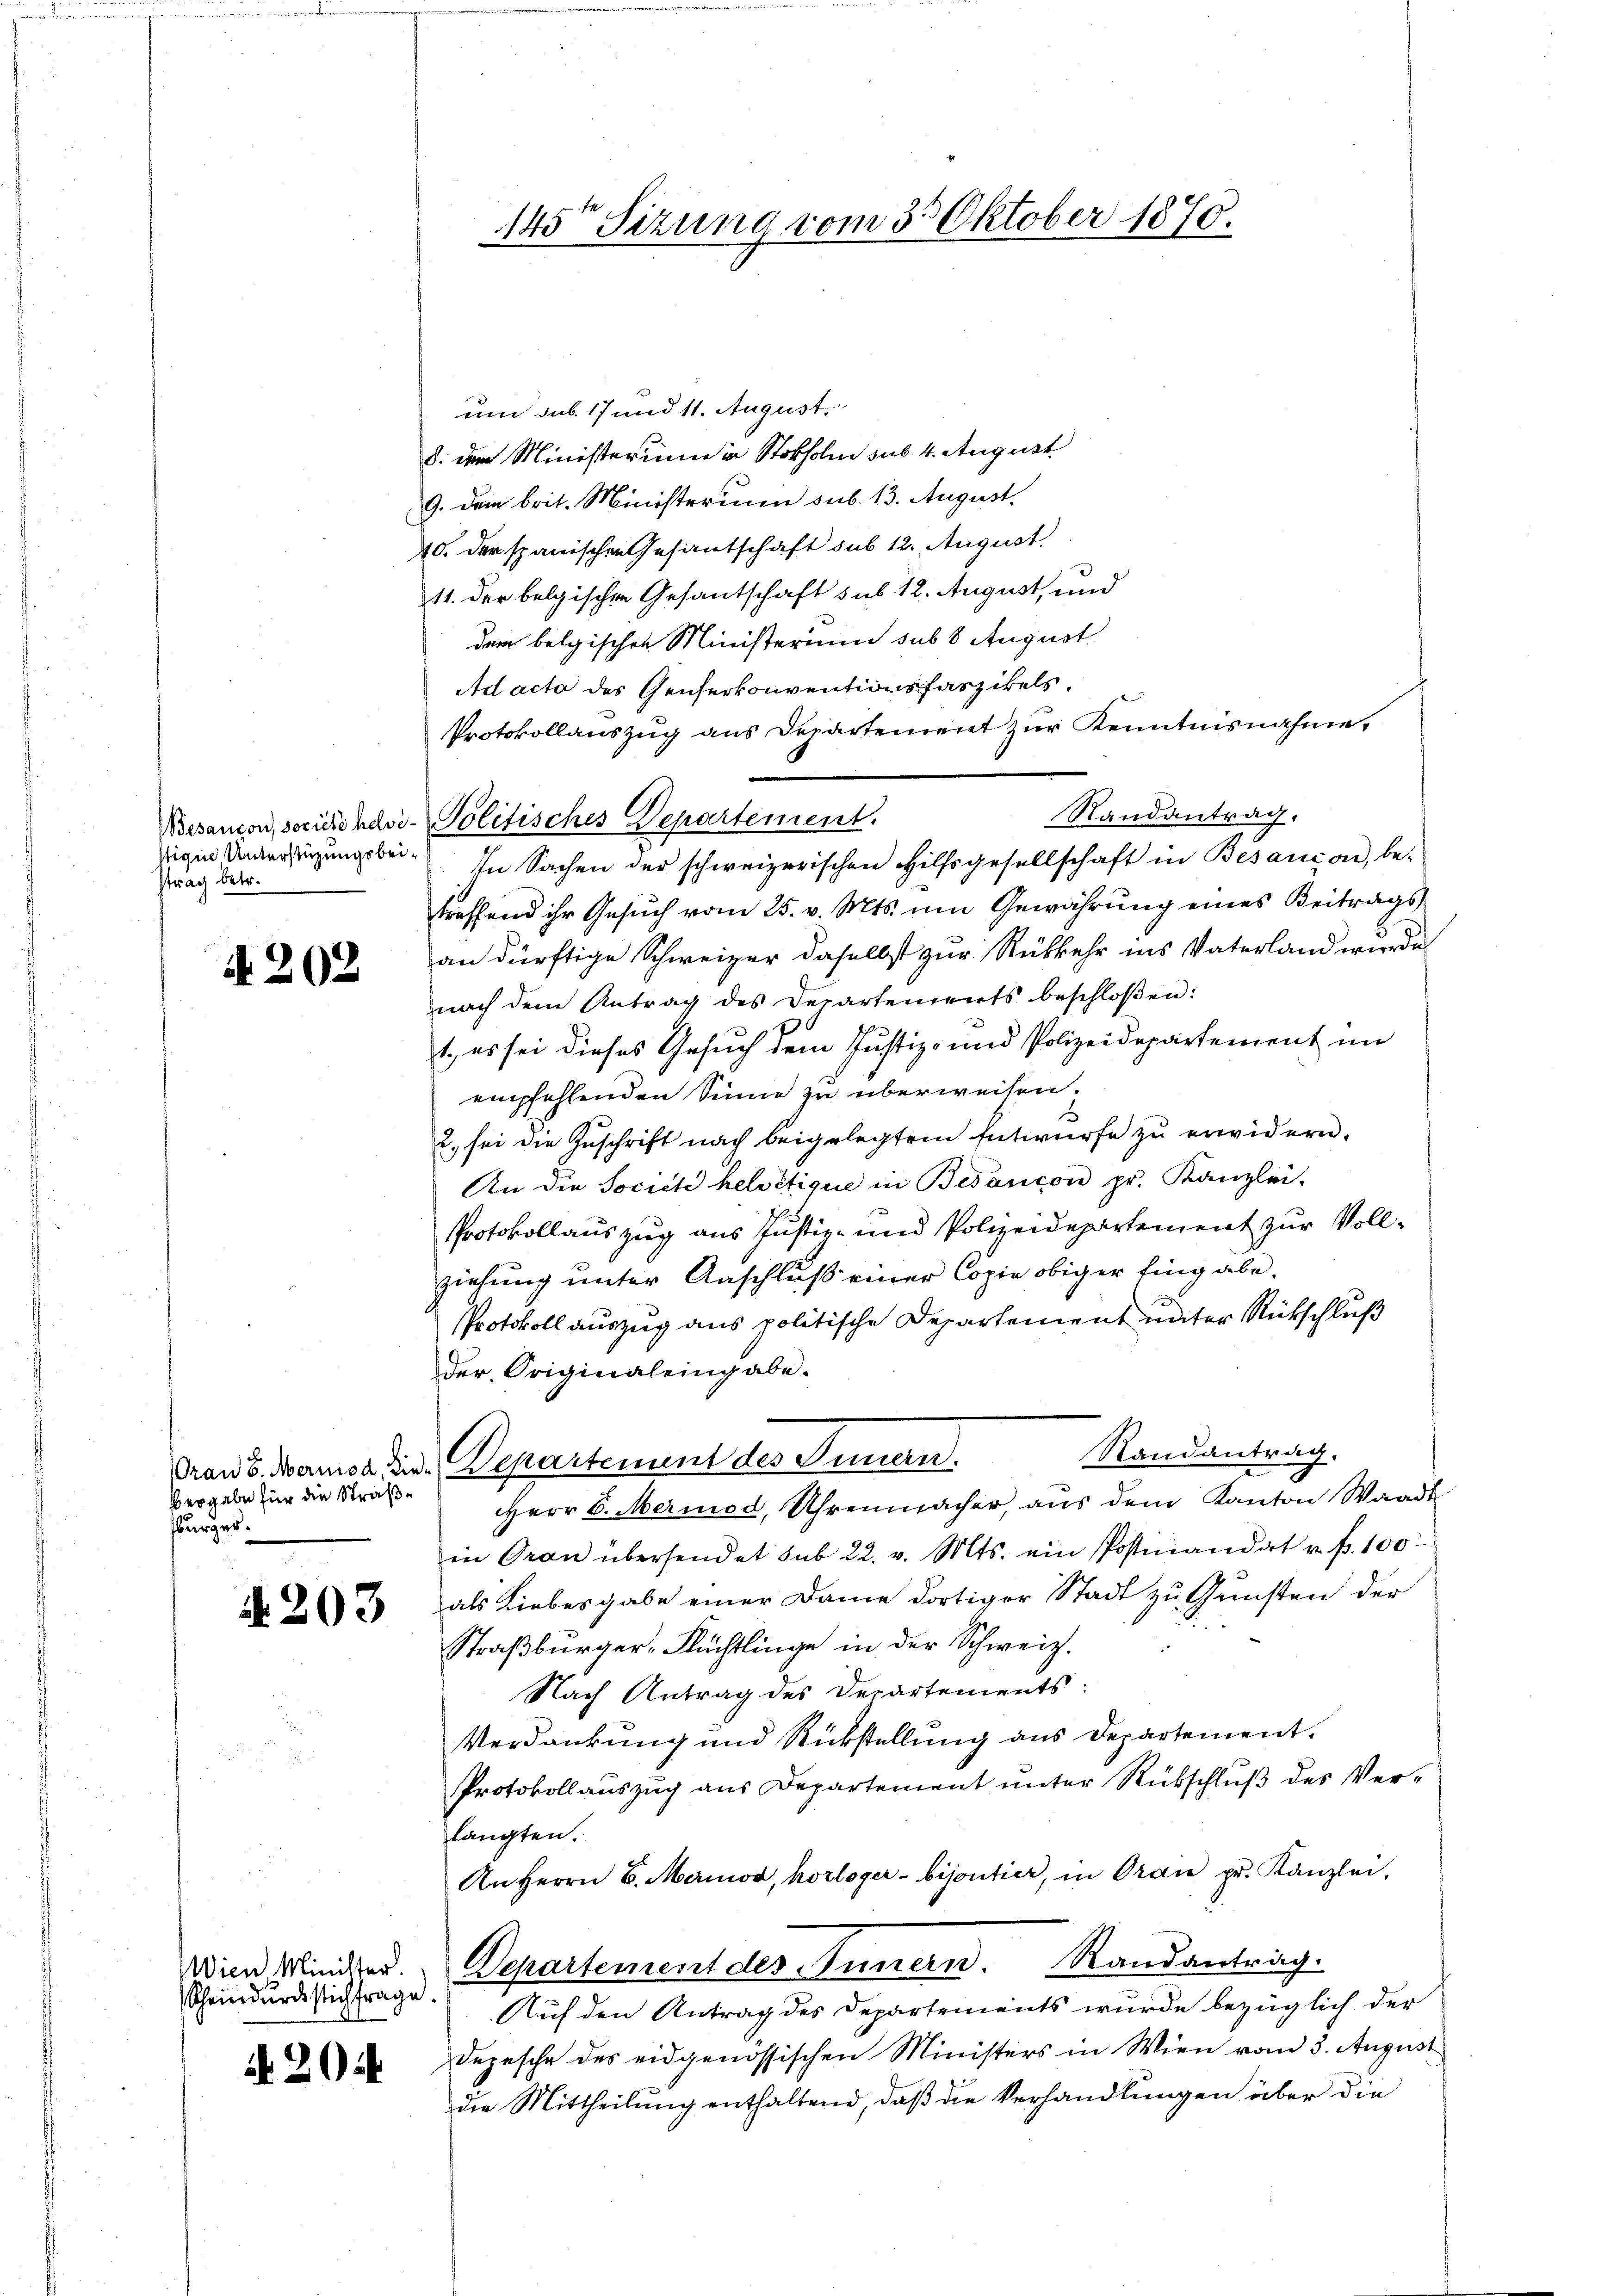
Ztrag betr.

A 202

besgabe für die Straßbürger.

A. 203

Scheindurchstich frage.

20

um sub. 17 und 11. August.
d. dem Ministerium in Stokholm sub. 4. August
9. Dem brit. Ministerium sub. 13. August.
10. der spanischen Gesantschaft sub 12. August
11. der belgischen Gesantschaft sus 12. August, und
dem belgischen Ministerium sub 8 August
Ad acto des Genferkonventionsfaszikels,
Protokollauszug aus Departement zur Kenntnisnahme,
Randantrag.
Besandon, sociichesi- Politisches Departement.
Eigen Anderstüzungsbei. In Sachen der schweizerischen Hilfsgesellschaft in Besançon, betreffend ihr Gesuch vom 25. v. Mts. um Gewährung eines Beitrags-
an dürftige Schweizer daselbst zur Rückkehr ins Vaterland wurde
nach dem Antrag des Departements beschloßen:
1., es sei dieses Gesuch dem Justiz- und Polizeidepartement im
empfehlenden Sinne zu überweisen.
2. sei die Zuschrift nach beigelegtem Entwurfe zu erwidern.
An die Societe helvetique in Besancon pr. Kanzlei-
Protokollauszug aus Justiz- und Polizeidepartement zur Vollziehung unter Anschluß einer Copie obiger Eingabe.
Protokoll auszug aus politische Departement unter Rückschluß
der Originaleingabe.
Randantrag.
Gran 8. Manca die Departement des Innern.
Herr v. Merined, Uhrenmacher, aus dem Kanton Waadt
in Oran übersendet sub 22. v. Mts. ein Postinandat u. fr. 100
als Liebesgabe einer Dame dortiger Stadt zu Gunsten der
Straßburger-Flüchtlinge in der Schweiz.
Nach Antrag des Departements:
Verdankung und Rückstellung aus Departement.
Protokollauszug aus Departement unter Rückschlŭβ des Ver-
langten.
An Herrn E. Merinos, horloger- bijoutier, in Oran pr. Kanzlei,
Wien Minden. Departement des Innern. Randantrag.
Auf den Antrag des Departements wurde bezüglich der
Depesche des eidgenössischen Ministers in Wien vom 3. August
die Mittheilŭng enthaltend, daβ die Verhandlŭngen über die

145te Sitzung vom 30 Oktober 1870.